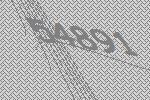
54891